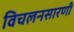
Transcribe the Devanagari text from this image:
विचलनसारणी